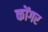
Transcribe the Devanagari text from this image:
कोंगर